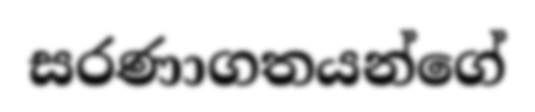
සරණාගතයන්ගේ